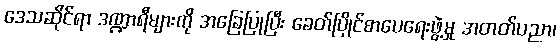
ဒေသဆိုင်ရာ ဒဏ္ဍာရီများကို အခြေပြုပြီး ခေတ်ပြိုင်စာပေရေးဖွဲ့မှု အတတ်ပညာ၊